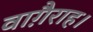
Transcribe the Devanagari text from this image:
वाग़ैराह।